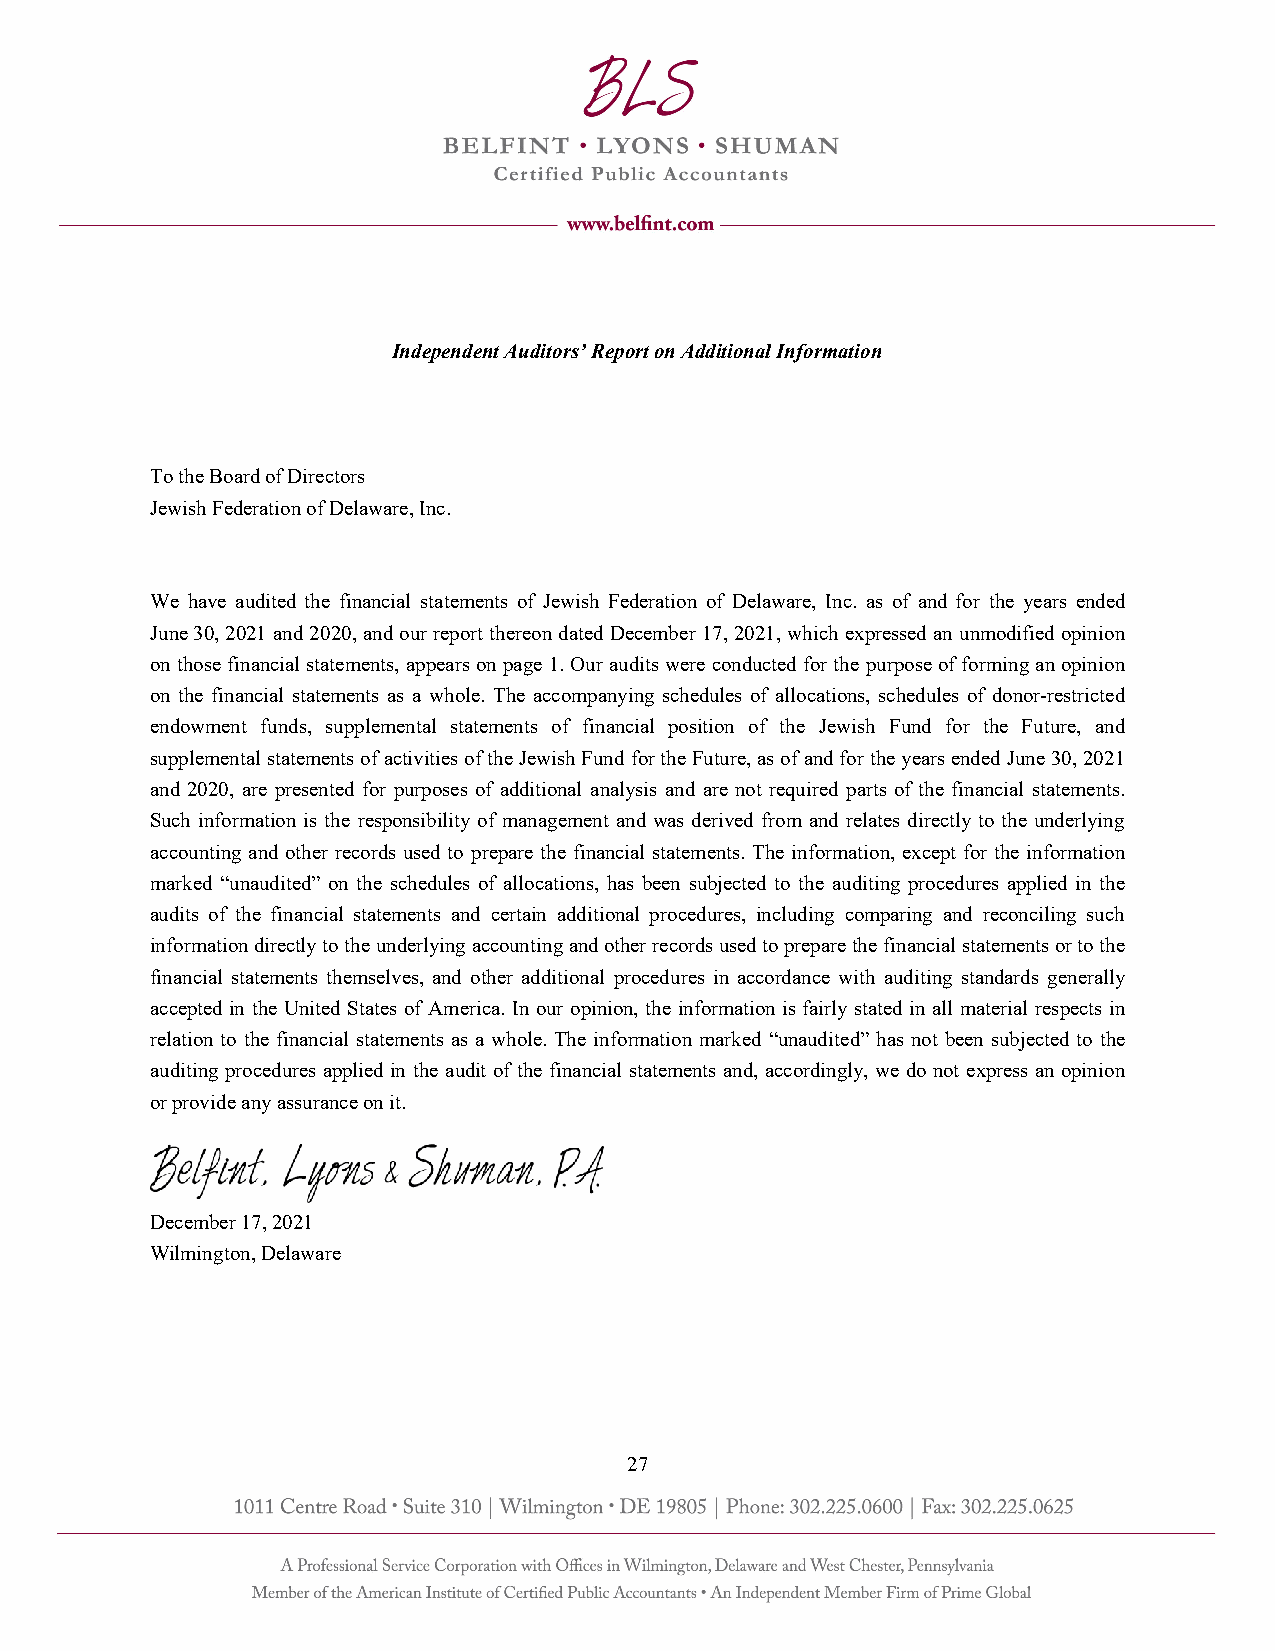
Independent Auditors’ Report on Additional Information
 To the Board of Directors
 Jewish Federation of Delaware, Inc.
 We have audited the financial statements of Jewish Federation of Delaware, Inc. as of and for the years ended
 June 30, 2021 and 2020, and our report thereon dated December 17, 2021, which expressed an unmodified opinion
 on those financial statements, appears on page 1. Our audits were conducted for the purpose of forming an opinion
 on the financial statements as a whole. The accompanying schedules of allocations, schedules of donor-restricted
 endowment funds, supplemental statements of financial position of the Jewish Fund for the Future, and
 supplemental statements of activities of the Jewish Fund for the Future, as of and for the years ended June 30, 2021
 and 2020, are presented for purposes of additional analysis and are not required parts of the financial statements.
 Such information is the responsibility of management and was derived from and relates directly to the underlying
 accounting and other records used to prepare the financial statements. The information, except for the information
 marked “unaudited” on the schedules of allocations, has been subjected to the auditing procedures applied in the
 audits of the financial statements and certain additional procedures, including comparing and reconciling such
 information directly to the underlying accounting and other records used to prepare the financial statements or to the
 financial statements themselves, and other additional procedures in accordance with auditing standards generally
 accepted in the United States of America. In our opinion, the information is fairly stated in all material respects in
 relation to the financial statements as a whole. The information marked “unaudited” has not been subjected to the
 auditing procedures applied in the audit of the financial statements and, accordingly, we do not express an opinion
 or provide any assurance on it.
 December 17, 2021
 Wilmington, Delaware
 27